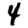
Digit: 4